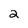
Character: 2